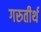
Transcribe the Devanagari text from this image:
गरुतीर्थ